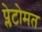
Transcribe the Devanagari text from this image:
प्लेटोमत